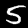
Label: 5